On the action of the venoms of the cobra (Naja tripudians) and of the daboia (Daboia russellii) on the red blood corpuscles and on the blood plasma - Number 4
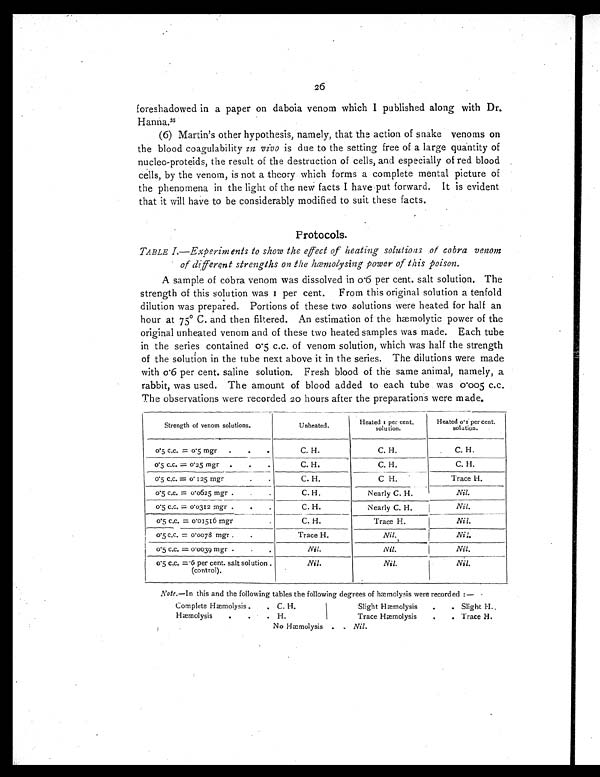
26
foreshadowed in a paper on daboia venom which I published along with Dr.
Hanna.35
(6) Martin's other hypothesis, namely, that the action of snake venoms on
the blood coagulability in vivo is due to the setting free of a large quantity of
nuclec-proteids, the result of the destruction of cells, and especially of red blood
cells, by the venom, is not a theory which forms a complete mental picture of
the phenomena in the light of the new facts I have put forward. It is evident
that it will have to be considerably modified to suit these facts.
Protocols.
TABLE I.—Experiments to show the effect of heating solutions of cobra venom
of different strengths on the hœmolysing power of this poison.
A sample of cobra venom was dissolved in o.6 per cent. salt solution. The
strength of this solution was 1 per cent. From this original solution a tenfold
dilution was prepared. Portions of these two solutions were heated for half an
hour at 75° C. and then filtered. An estimation of the hæmolytic
power of the
original unheated venom and of these two heated samples was made. Each tube
in the series contained o.5 c.c. of venom solution, which was half the strength
of the solution in the tube next above it in the series. The dilutions were made
with 0.6 per cent. saline solution. Fresh blood of the same animal, namely, a
rabbit, was used. The amount of blood added to each tube was 0.005 c.c.
The observations were recorded 20 hours after the preparations were made.
Strength of venom solutions.
Unheated.
Heated 1 per cent.
solution.
Heated 0.1 per cent.
solution.
0.5 c.c. = o.5 mgr . . .
C. H.
C. H.
C. H.
0.5 c.c. = 0.25 mgr . . .
C. H.
C. H.
C. H.
0.5 c.c. = 0.125 mgr .
.
C. H.
C H.
Trace H.
0.5 c.c. = 0.0625 mgr
. . .
.
C. H.
Nearly C. H.
Nil.
0.5 c.c. = 0.0312 mgr .
.
.
C. H.
Nearly C. H.
Nil.
0.5 c.c. = 0.01516 mgr .
C. H.
Trace H.
Nil.
0.5 c.c. = 0.0078 mgr .
.
Trace H.
Nil.
Nil
0.5 c.c. = 0.0039 mgr
. .
.
Nil.
Nil.
Nil.
0.5 c.c. = 6 per cent. salt solution.
(control).
Nil.
Nil.
Nil.
Note.—In this and the following tables the following degrees of hæmolysis were recorded :—
Complete Hæmolysis. .
.C. H.
Hæmolysis . . . H.
Slight
Hæmolysis . . Slight H.
Trace Hæmolysis . . Trace H.
No Hæmolysis
.
.
Nil.